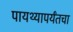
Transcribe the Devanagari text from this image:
पायथ्यापर्यंतचा